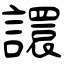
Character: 譞